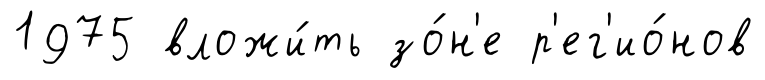
1975 вложи́ть зо́н'е р'ег'ио́нов